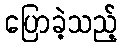
ပြောခဲ့သည့်